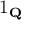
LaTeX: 1 _ { \mathbf { Q } }